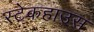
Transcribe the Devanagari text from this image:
स्टेकहाउस